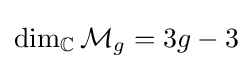
\dim _{\mathbb {C} }{\mathcal {M}}_{g}=3g-3